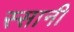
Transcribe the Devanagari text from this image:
स्सानी